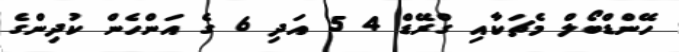
ހޭންޑްބޯލް މެޗަކާއި ގްރޭޑް 4 5 އަދި 6 ގެ އަންހެން ކުދިންގެ